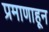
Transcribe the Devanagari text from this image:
प्रमाणाहून